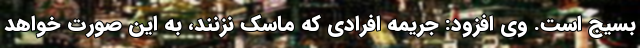
بسیج است. وی افزود: جریمه افرادی که ماسک نزنند، به این صورت خواهد